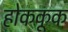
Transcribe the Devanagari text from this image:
होककूक